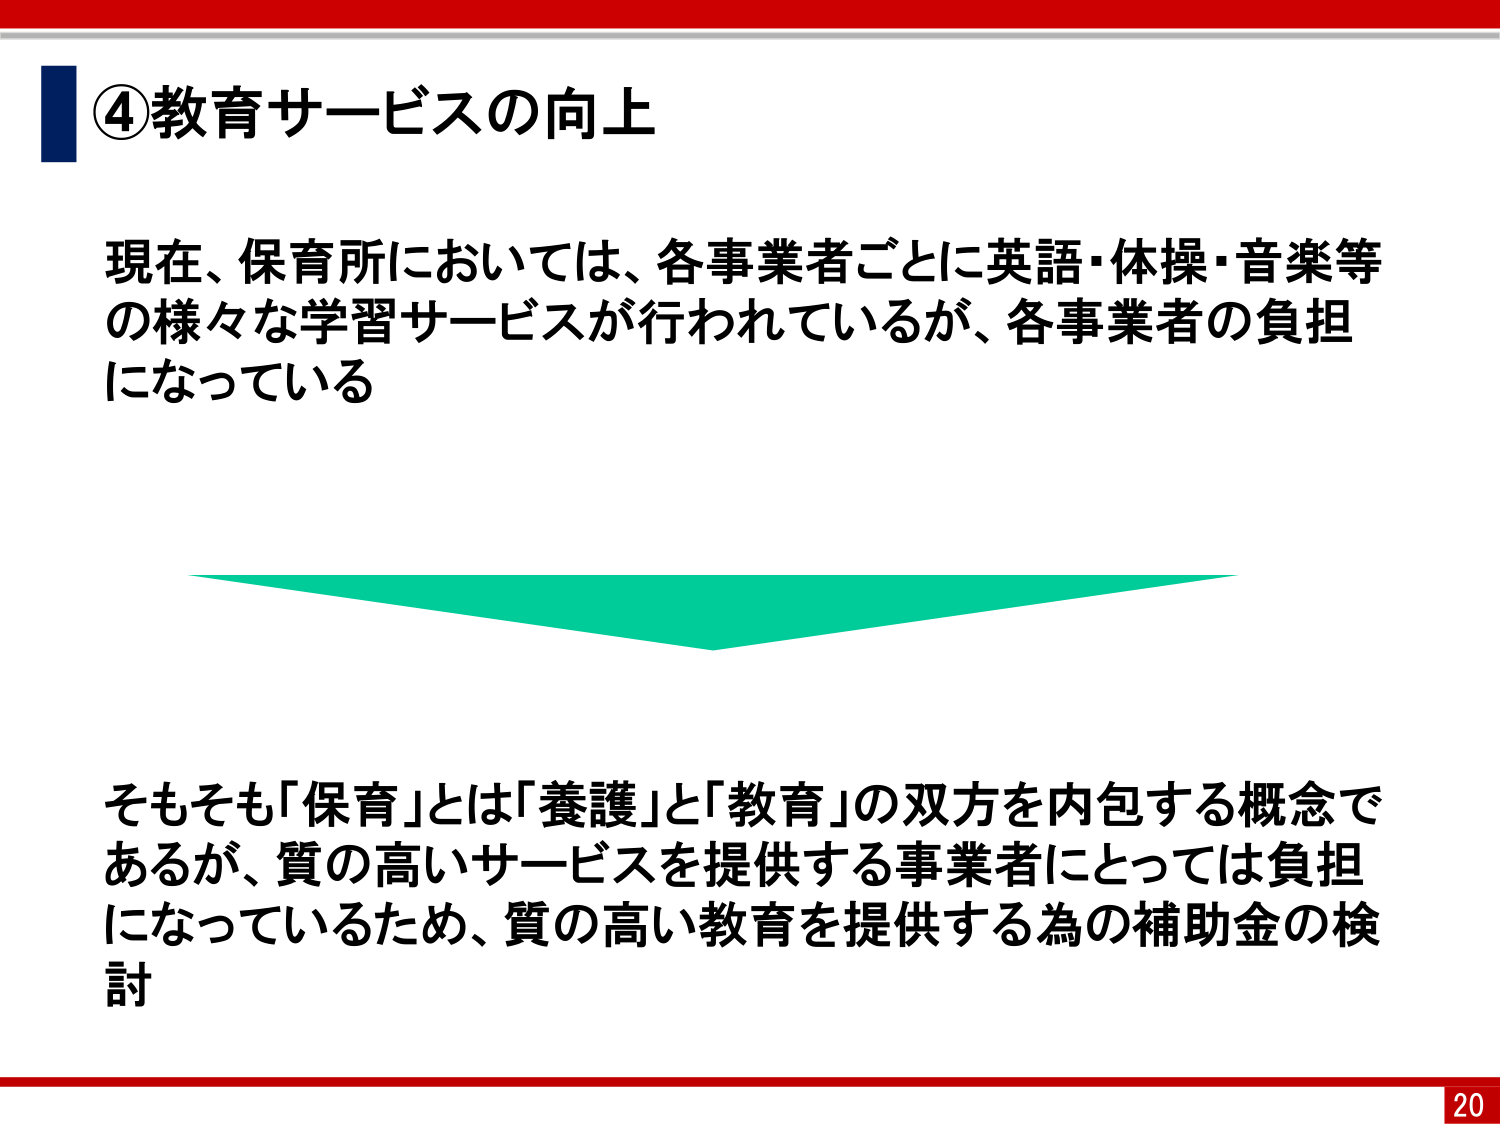
④教育サービスの向上

現在、保育所においては、各事業者ごとに英語・体操・音楽等の様々な学習サービスが行われているが、各事業者の負担になっている

そもそも「保育」とは「養護」と「教育」の双方を内包する概念であるが、質の高いサービスを提供する事業者にとっては負担になっているため、質の高い教育を提供する為の補助金の検討

20